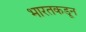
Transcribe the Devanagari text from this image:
भारतकडून